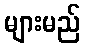
များမည်